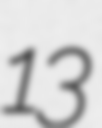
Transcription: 13